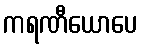
ကရဏီယောပေ